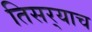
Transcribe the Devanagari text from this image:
तिसर्‍याच